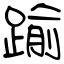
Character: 踰